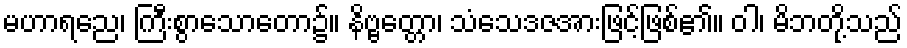
မဟာရညေ၊ ကြီးစွာသောတော၌။ နိဗ္ဗတ္တော၊ သံသေဒဇအားဖြင့်ဖြစ်၏။ ဝါ၊ မိဘတို့သည်